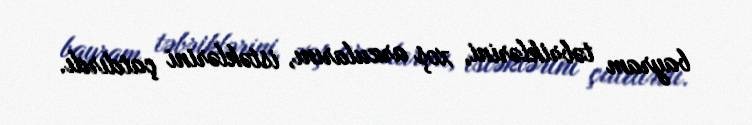
bayram təbriklərini, xoş arzularını, istəklərini çatdırdı.